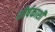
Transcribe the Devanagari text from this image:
शीर्षकाशी